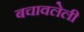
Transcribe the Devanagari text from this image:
बचावलेली